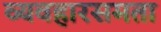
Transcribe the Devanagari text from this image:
व्यवहारसमता